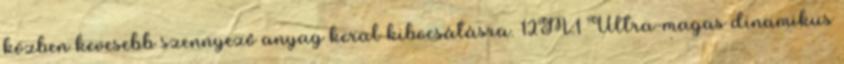
közben kevesebb szennyező anyag kerül kibocsátásra. 12M:1 Ultra-magas dinamikus